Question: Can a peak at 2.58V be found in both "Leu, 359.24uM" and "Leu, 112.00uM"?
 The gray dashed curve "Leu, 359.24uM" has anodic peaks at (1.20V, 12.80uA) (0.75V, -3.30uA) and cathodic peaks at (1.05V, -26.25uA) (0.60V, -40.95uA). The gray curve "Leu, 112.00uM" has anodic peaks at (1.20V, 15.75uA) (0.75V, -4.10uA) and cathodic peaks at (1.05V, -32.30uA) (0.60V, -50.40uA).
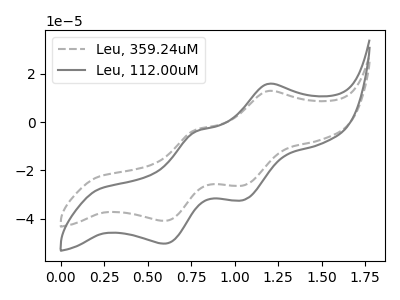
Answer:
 <answer>No, "Leu, 359.24uM" and "Leu, 112.00uM" dont share a peak at 2.58V.</answer>
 <eval>mismatch</eval>